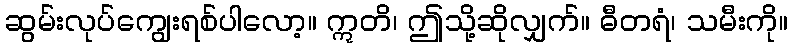
ဆွမ်းလုပ်ကျွေးရစ်ပါလော့။ ဣတိ၊ ဤသို့ဆိုလျှက်။ ဓီတရံ၊ သမီးကို။